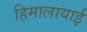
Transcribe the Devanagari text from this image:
हिमालायाई